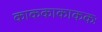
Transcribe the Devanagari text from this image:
काककाकाककः